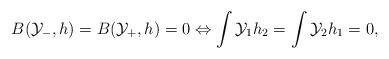
LaTeX: \begin{align*}B(\mathcal{Y}_-,h)= B (\mathcal{Y}_+, h)=0 \Leftrightarrow \int \mathcal{Y}_1 h_2 = \int \mathcal{Y}_2 h_1=0,\end{align*}